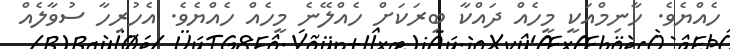
ހެއްޔެވެ. ހާނިމްއަކީ މީހެއް ދައްކާ ބިރަކަށް ހެއްލޭނެ މީހެއް ހެއްޔެވެ. އެހުރިހާ ސުވާލެއް